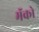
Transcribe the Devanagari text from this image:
मॅको